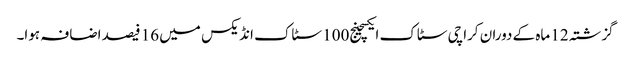
گزشتہ 12 ماہ کے دوران کراچی سٹاک ایکسچینج100 سٹاک انڈیکس میں 16 فیصد اضافہ ہوا۔